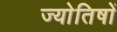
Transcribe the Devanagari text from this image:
ज्याेतिषाें